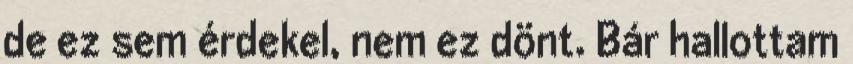
de ez sem érdekel, nem ez dönt. Bár hallottam